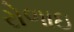
રોળાઇ